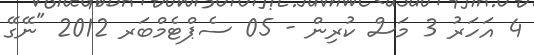
4 އަހަރު 3 މަސް ކުރިން - 05 ސެޕްޓެމްބަރ 2012 "ނޭގޭ